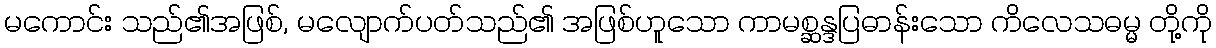
မကောင်း သည်၏အဖြစ်, မလျောက်ပတ်သည်၏ အဖြစ်ဟူသော ကာမစ္ဆန္ဒပြဓာန်းသော ကိလေသဓမ္မ တို့ကို